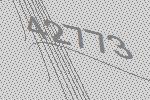
42773